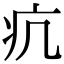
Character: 𤴪